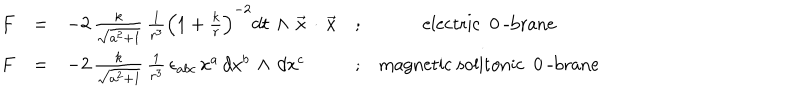
\begin{array} { r c l c c } { { F } } & { { = } } & { { - 2 \, \frac { k } { \sqrt { a ^ { 2 } + 1 } } \, \frac { 1 } { r ^ { 3 } } \left( 1 + \frac { k } { r } \right) ^ { - 2 } d t \, \wedge \, { \vec { x } } \, \cdot \, { \vec { x } } } } & { { ; } } & { { \mathrm { e l e c t r i c ~ 0 ~ - b r a n e } } } \\ { { { F } } } & { { = } } & { { - 2 \, \frac { k } { \sqrt { a ^ { 2 } + 1 } } \, \frac { 1 } { r ^ { 3 } } \, \epsilon _ { a b c } \, x ^ { a } \, d x ^ { b } \, \wedge \, d x ^ { c } } } & { { ; } } & { { \mathrm { m a g n e t i c ~ s o l i t o n i c ~ 0 ~ - b r a n e } } } \\ \end{array}